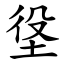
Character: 垼